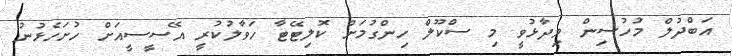
އަބްދުލް މުހުސިން ވިދާޅުވީ މި ސްކޫލް ހިންގުމަށް ކޮލިޓޭޓާ ހަވާލުކުރީ އޭސީސީއަށް ހުށަހެޅުނު